Vaccination in Burma 1920-1933 - 1920-1933
Year: 1920
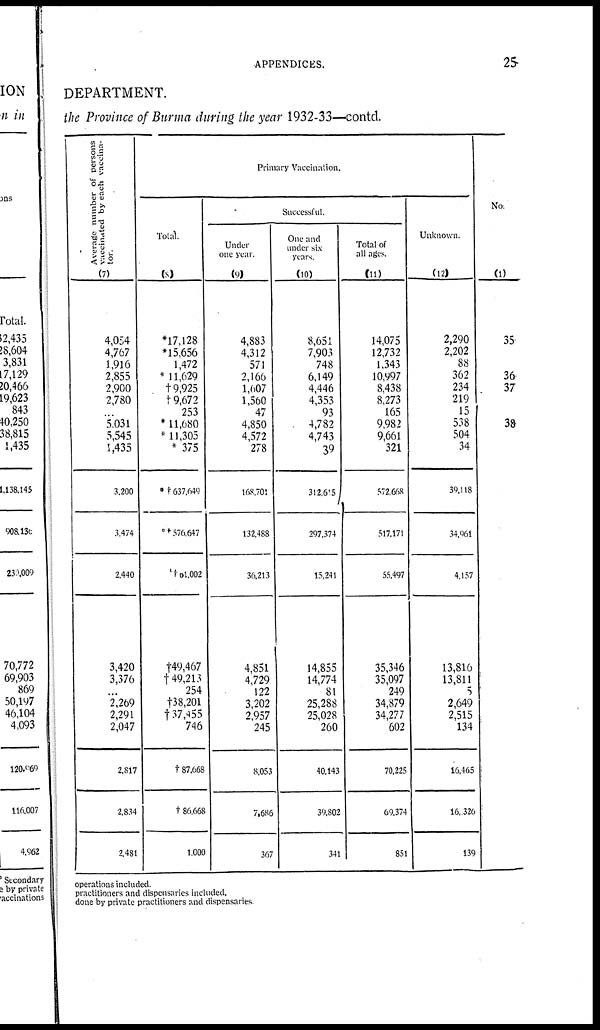
APPENDICES.
25
DEPARTMENT.
the Province of Burma during the year 1932-33—contd.
Average number of persons
vaccinated by each vaccina-
tor.
(7)
4,054
4,767
1,916
2,855
2,900
2,780
...
5,031
5,545
1,435
3,200
3,474
2,440
3,420
3,376
...
2,269
2,291
2,047
2,817
2,834
2,481
Primary Vaccination.
Total.
(8)
*17,128
*15,656
1,472
* 11,629
†9,925
†9,672
253
*11,680
*11,305
*375
*† 637,649
*† 576,647
† 01,002
†49,467
† 49,213
254
†38,201
†37,455
746
†87,668
†86,668
1,000
Successful.
Under
one year.
(9)
4,883
4,312
571
2,166
1,607
1,560
47
4,850
4,572
278
168,701
132,488
36,213
4,851
4,729
122
3,202
2,957
245
8,053
7,686
367
One and
under six-
years.
(10)
8,651
7,903
748
6,149
4,446
4,353
93
4,782
4,743
39
312,605
297,374
15,241
14,855
14,774
81
25,288
25,028
260
40,143
39,802
341
Total of
all ages.
(11)
14,075
12,732
1,343
10,997
8,438
8,273
165
9,982
9,661
321
572,668
517,171
55,497
35,346
35,097
249
34,879
34,277
602
70,225
69,374
851
Unknown.
(12)
2,290
2,202
88
362
234
219
15
538
504
34
39,118
34,961
4,157
13,816
13,811
5
2,649
2,515
134
16,465
16,326
139
No.
(1)
35
36
37
38
operations included.
practitioners and dispensaries included.
done by private practitioners and dispensaries